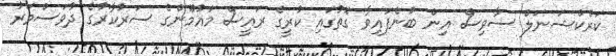
ކަރެކްޝަނަލް ސާވިސް އިން ބުނެފައިވާ ގޮތުގައި ކުރީގެ ރައީސް މައުމޫންގެ ސަރުކާރުގެ ދުވަސްވަރު